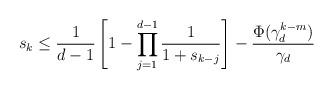
\begin{align*}s_k \leq \frac{1}{d - 1}\left[1 - \prod_{j = 1}^{d - 1}\frac{1}{1 + s_{k - j}}\right] - \frac{\Phi(\gamma_d^{k - m})}{\gamma_d}\end{align*}